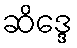
ဆိဒ္ဒေ